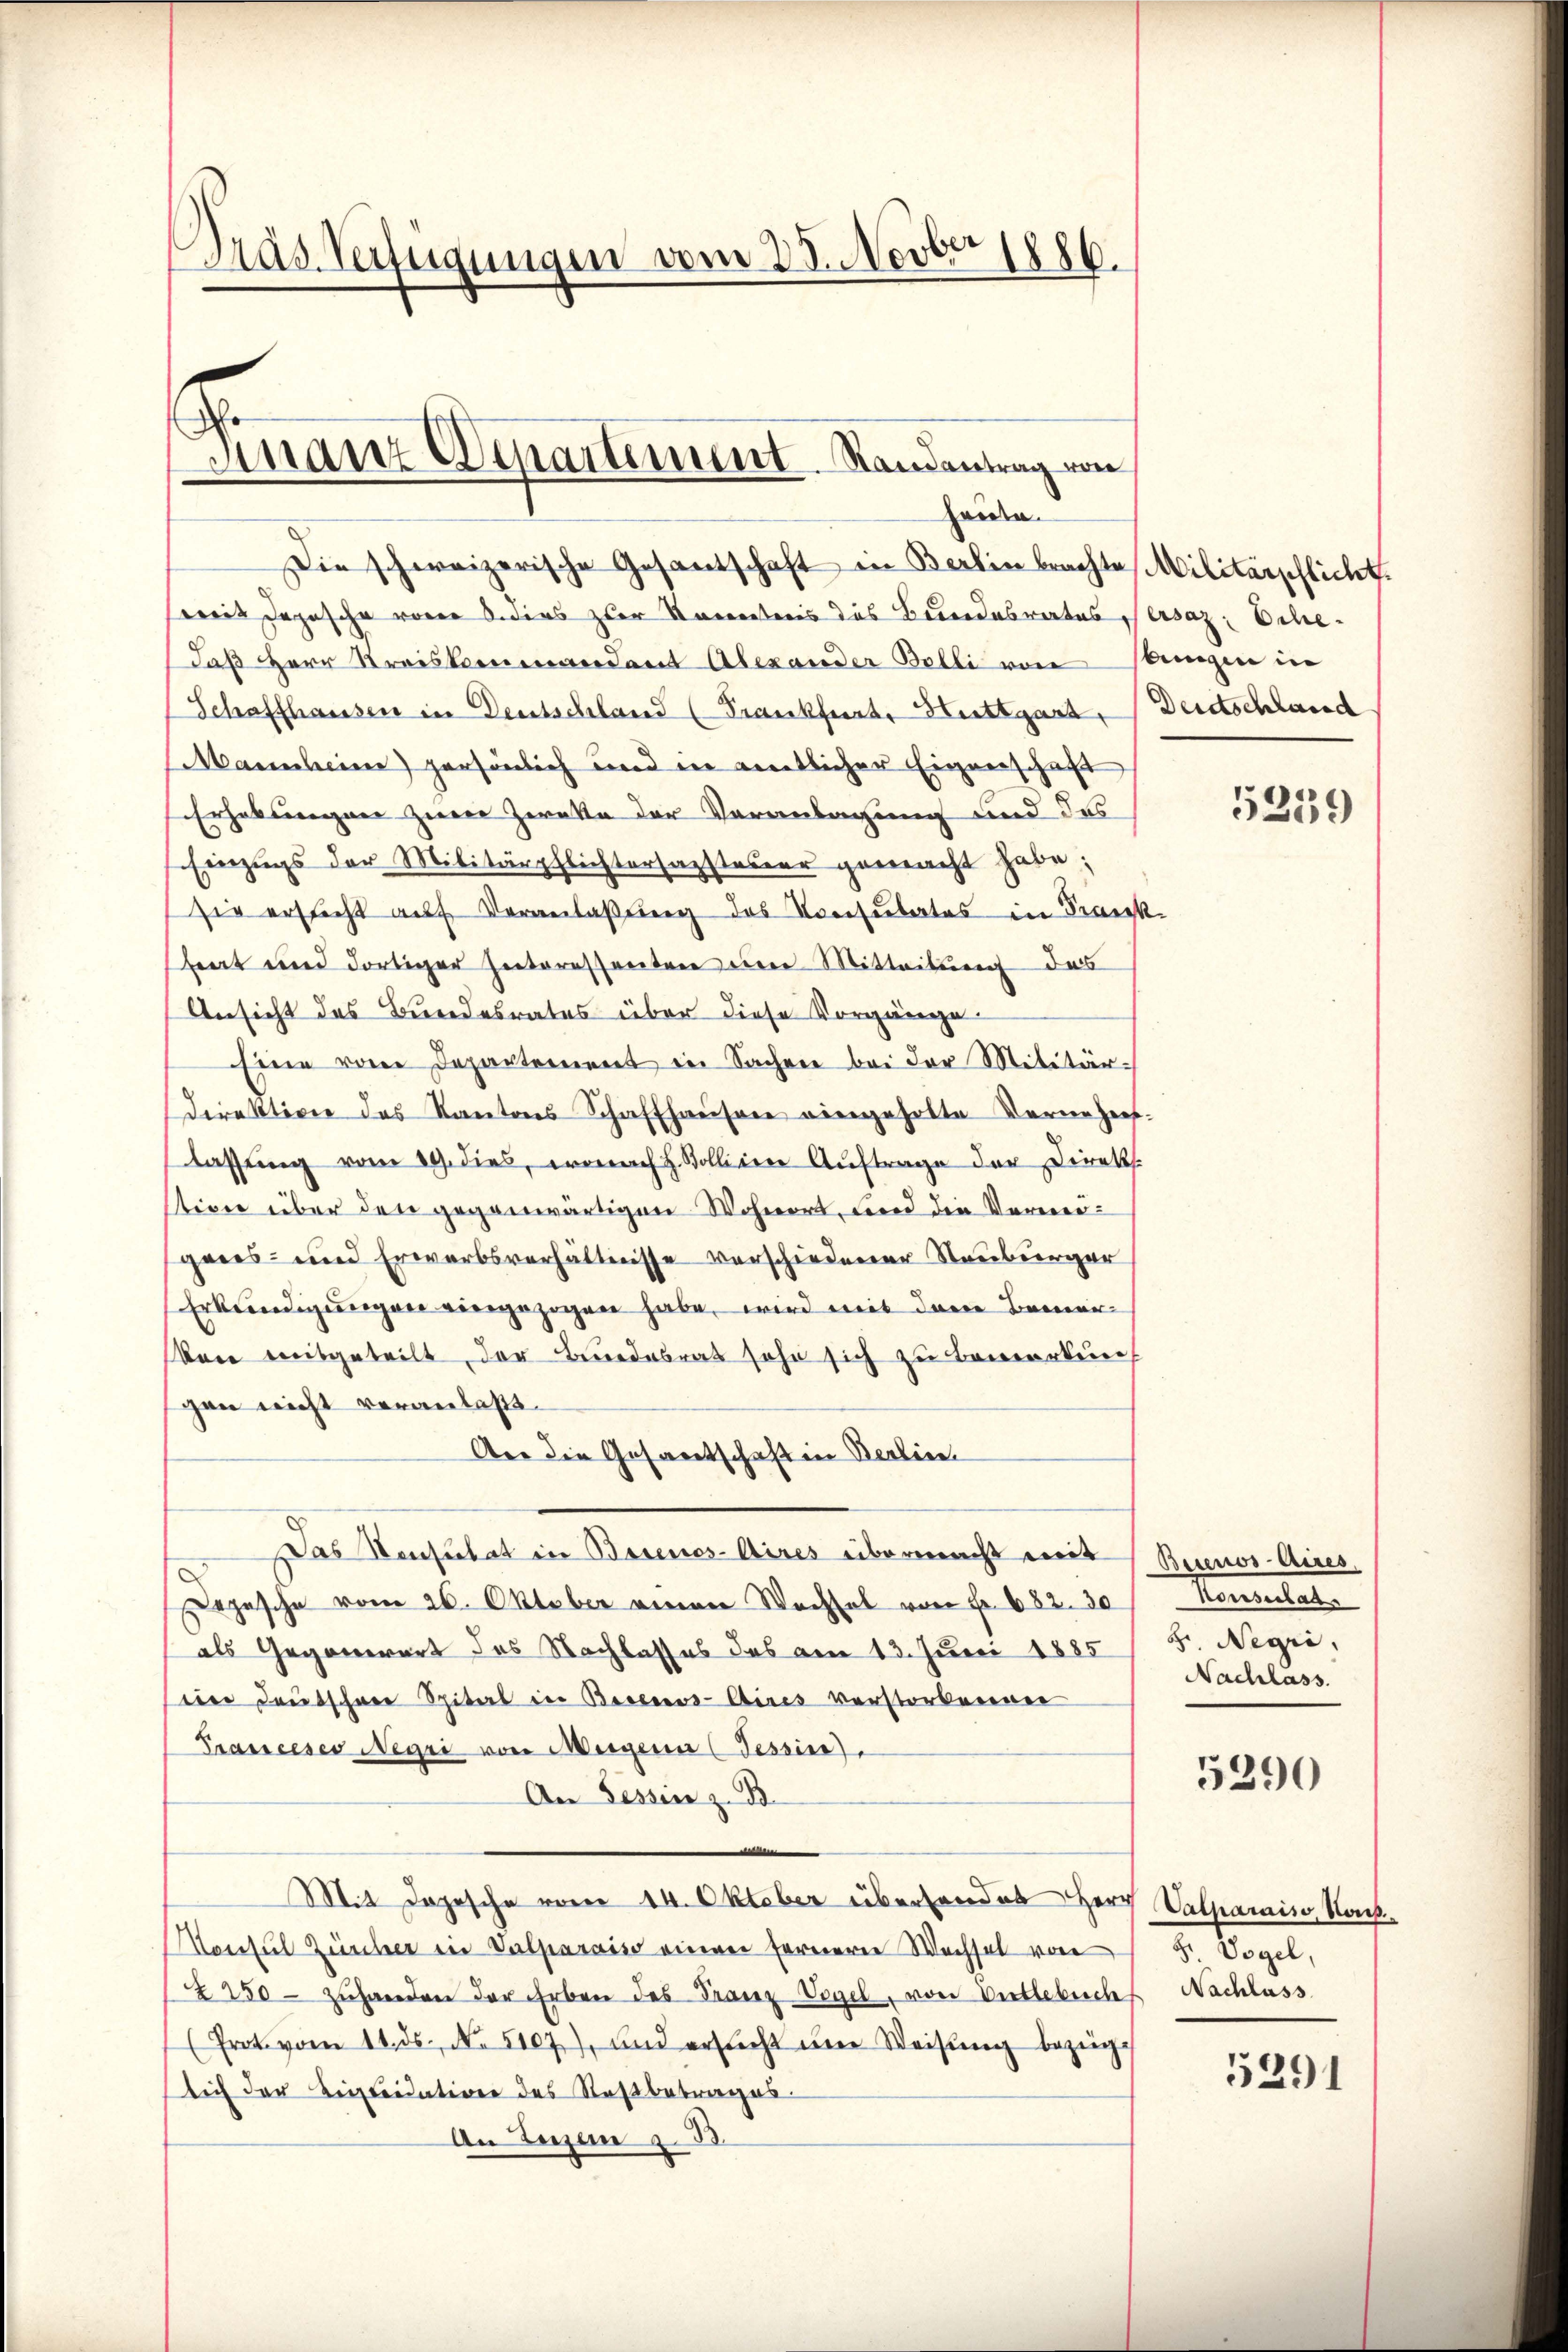
Bras Verfügungen vom 28. Novber 1886.

Finanz Departement. Randentrag von
hande.

Die schweizerische Gesantschaft in Berlin brachte Militärschlicht.
streit Depesche von dies zur Kenntnis des Bundesrates ersaz: Sche¬
Daß Herr Kreiskommandant Alexander Belli von stungen in
Schaffhausen in Deutschland (Frankfurt, Stuttgart, Deutschland
Manscheine persönlich und in entlicher Eigenschaft
Erhaltungen zum Zweke der Veranlagung und das
Einzugs der Militärpflichtersazsteuer gemacht habe;
sie ersticht auf Veranlaßung des Vorsubertes in Frank
beat und dortiger Interessanten eine Mitteilung des
Ansicht des Bundesrates über diese Vorgänge
Eine von Departement in Sachen bei der Militär¬
Direktion des Kantons Schaffhauser eingeholte Vernehers.
lassung vom 19. dies, wonach H. Stolliere Auftrage der Direk
stion über den gegenwärtigen Wohnort, und die Vermeigenes- und Erwerbsverhältnisse verschiedener Stauburger
Erkundigungen eingezogen habe, wird mit dem Bemer¬
Aare mitgeteilt, der Bundesrat sohn sich zu bemerkene
gen nicht veranlaßt.
Aer die Gesamtschaft in Berlie
Das Vensulat in Basenos-Aires übermacht mit Buenos-Aires,
Depesche vom 26. Oktober einen Wechsel von Fr. 682. 30
als Gegenwart des Nachlasses das am 13. Juni 1885 / 5. Negri,
eie Deutscher Spital in Besens- Aires verstorbenen
Prassceses Negri von Morgen (Tessine).
An Tessin z. B.

Mit Jopische vom 14. Oktober überhandes Herr Velkarais, Nac
Monsul Zürcher in Valparais einen ferneren Wechsel von 5. Vogel,
2250- zŭ handen der Erben des Franz Vogel, von Entlebuches Nachlass
(Prot. vom 11. ds. No. 5107), und ersticht der Weisung bezüge
lich der Begleidation des Saßbetrages.
An Eugen §. 3.

5259

Konsulat
Nachlass.

5290

5291